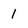
Character: 1